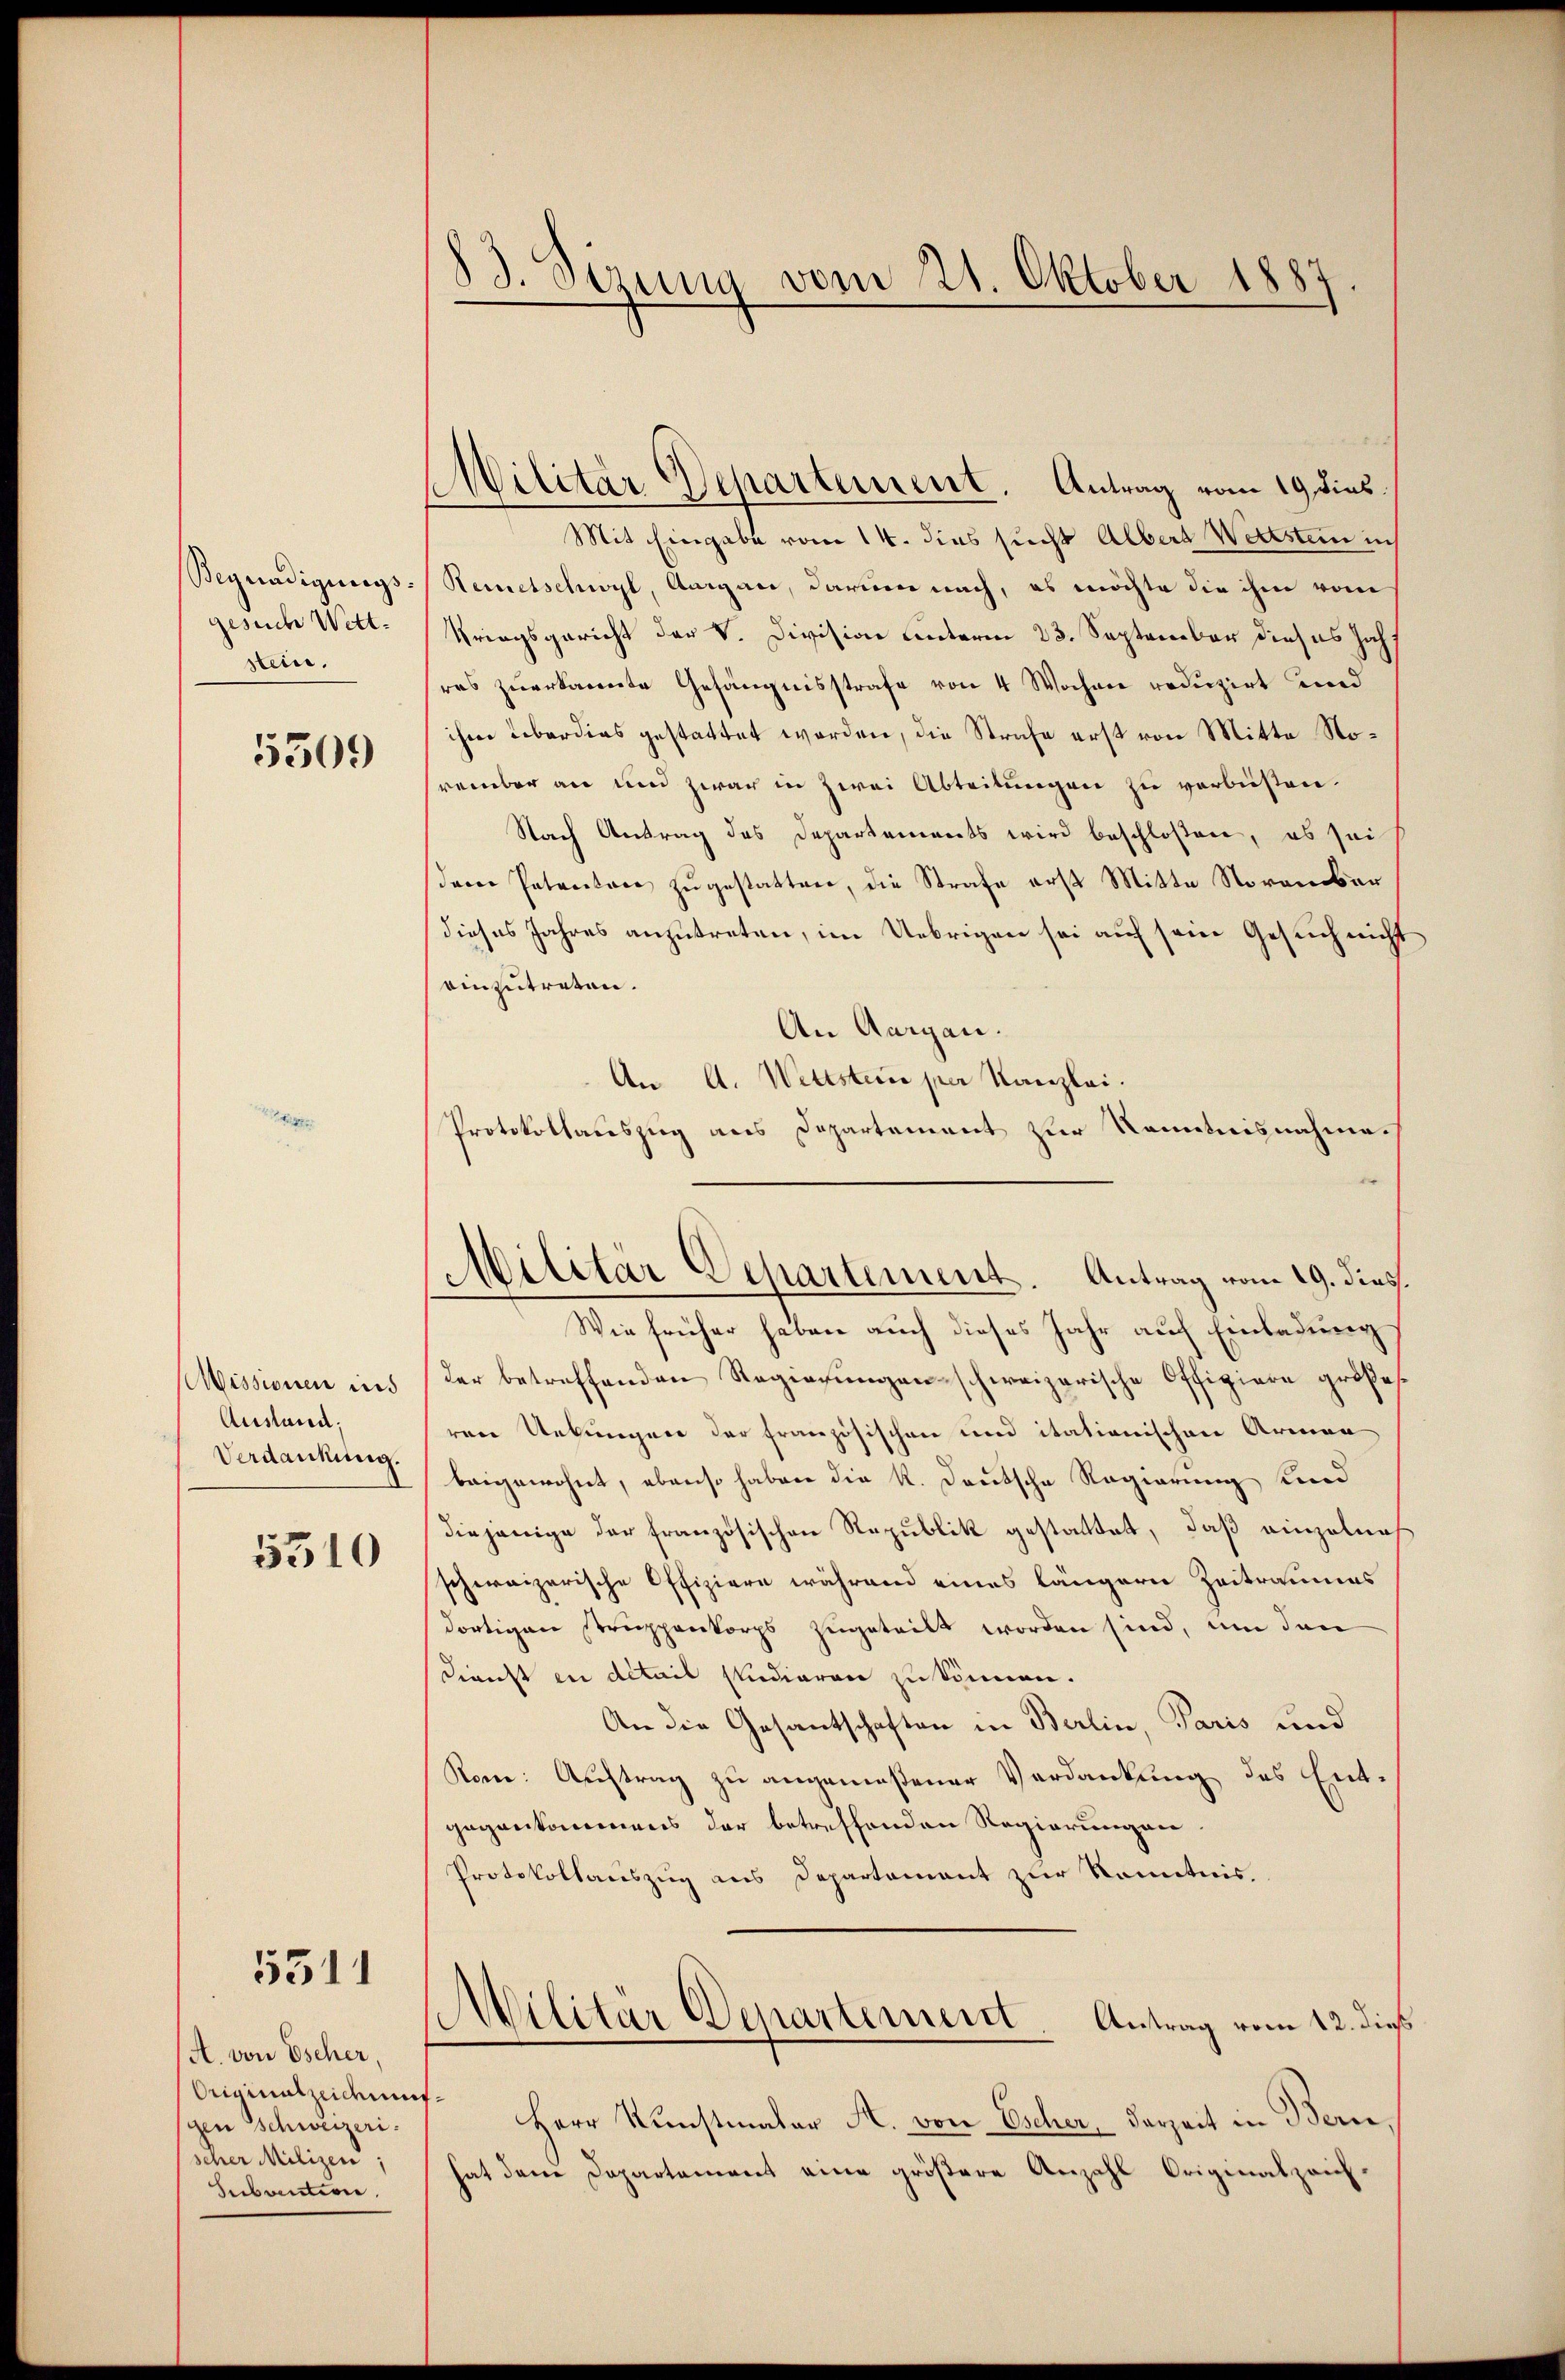
Begnadigungs-
gesuch Wett.
stein.

5309

Missionen und
Austand;
Verdankung.

5510

5511

A. von Escher,
Originalzeitun
gen Schweizeri
scher Milizei;
Seibrentiren.

83. Serena vom 21. Oktober 1887

Militär Departement. Antrag vom 19 dies
Mit Eingabe vom 14. dies sucht Albert Wettstein in
Remetschwyl, Aargau, darum nach, es möchte die ihm vom
Kriegsgericht der V. Division unterm 23. September dieses Jahr
res zuerkannte Gefängnisstrafe von 4 Wochen reduzirt und
ihm überdies gestattet worden, die Strafe erst von Mitte Norember an und zwar in zwei Abteilungen zu verbüsten.
Nach Antrag des Departements wird beschloßen, es sei
derer Patactore zugestatten, die Strafe erst Mitte November
dieses Jahres anzutreten, im Uebrigen sei auf sein Gesuch nicht
einzutreten.
An Aargau.
An A. Wettstein per Kanzlei.
Protokollauszug aus Departement zur Kenntnisnahme.
Wie früher haben auch dieses Jahr auch Einladung
der betreffenden Regierungen schweizerische Offiziere größeren Urkungen der französischen und itationischen Armen
beigewohnt, ebenso haben die K. Deutsche Regierung und
diejenige der französischen Republik gestattet, daß einzelnes
schweizerische Offiziere während eines längern Zeitraumes
dortigen Struppenkorps zugeteilt worden sind, um den
Dienst in detail studieren zu können.
An die Gesantschaften in Berlin, Paris und
Kone: Auftrag zu angemeßener Verdankung des Entgegenkommens der betreffenden Regierungen.
Protokollauszug aus Departement zur Kenntnis.
Wilitär Departement Antrag vom 12. dieß
f
Herr Kunstmater A. von Escher, darseit in Bern
hat den Departement eine größere Anzahl Originalzeich¬

Militär Departement. Antrag vom 19. dies